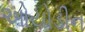
ઓયોડીન